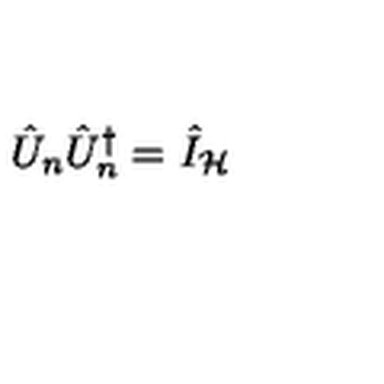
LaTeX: \hat { U } _ { n } \hat { U } _ { n } ^ { \dagger } = \hat { I } _ { \mathcal { H } }